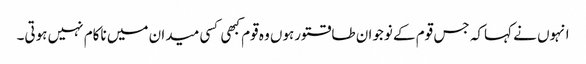
انہوں نے کہاکہ جس قوم کے نوجوان طاقتورہوں وہ قوم کبھی کسی میدان میں ناکام نہیں ہوتی۔